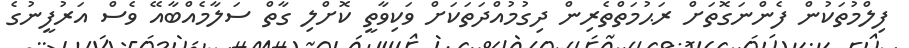
ފިލްމުތަކުން ފެންނަގޮތަށް ރަޙުމަތްތެރިން ދިގުމުއްދަތަކަށް ވަކިވާތީ ކޮށްލި ގާތް ސަލާމެއްބާއޭ ވެސް އަރުފީނުގެ